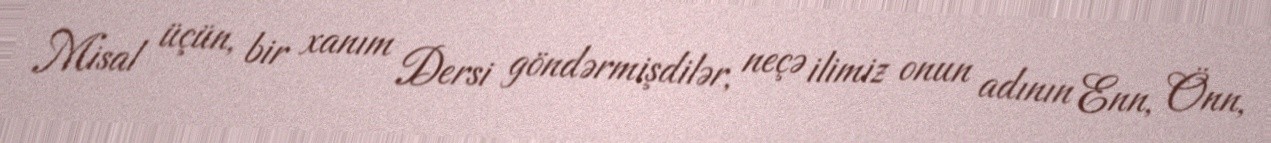
Misal üçün, bir xanım Dersi göndərmişdilər, neçə ilimiz onun adının Enn, Önn,